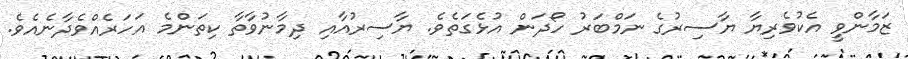
ޒަމާންވީ އެކުވެރިޔާ ޔާސިރުގެ ނަމްބަރު ހޯދަން އުޅެގަތެވެ. ޔާސިރުއާއި ދިމާނުވާތާ ކިތަންމެ އަހަރެއްވެދާނެއެވެ.